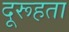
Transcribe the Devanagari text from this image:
दूरूहता